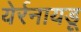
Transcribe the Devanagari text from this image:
येर्रनायडू